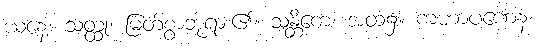
ယနေ့။ သတ္ထု၊ မြတ်စွာဘုရား၏။ သန္တိကေ၊ အထံ၌။ ကဟာပဏေန၊